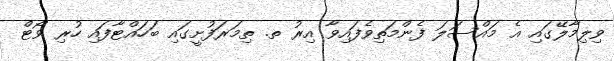
ވިލިމާލޭގައި އެ މައްސަލަ ފެންމަތިވެފައިވާ އިރު ތ. ތިމަރަފުށީގައި ބަހައްޓާފައި ހުރި ވޯޓް